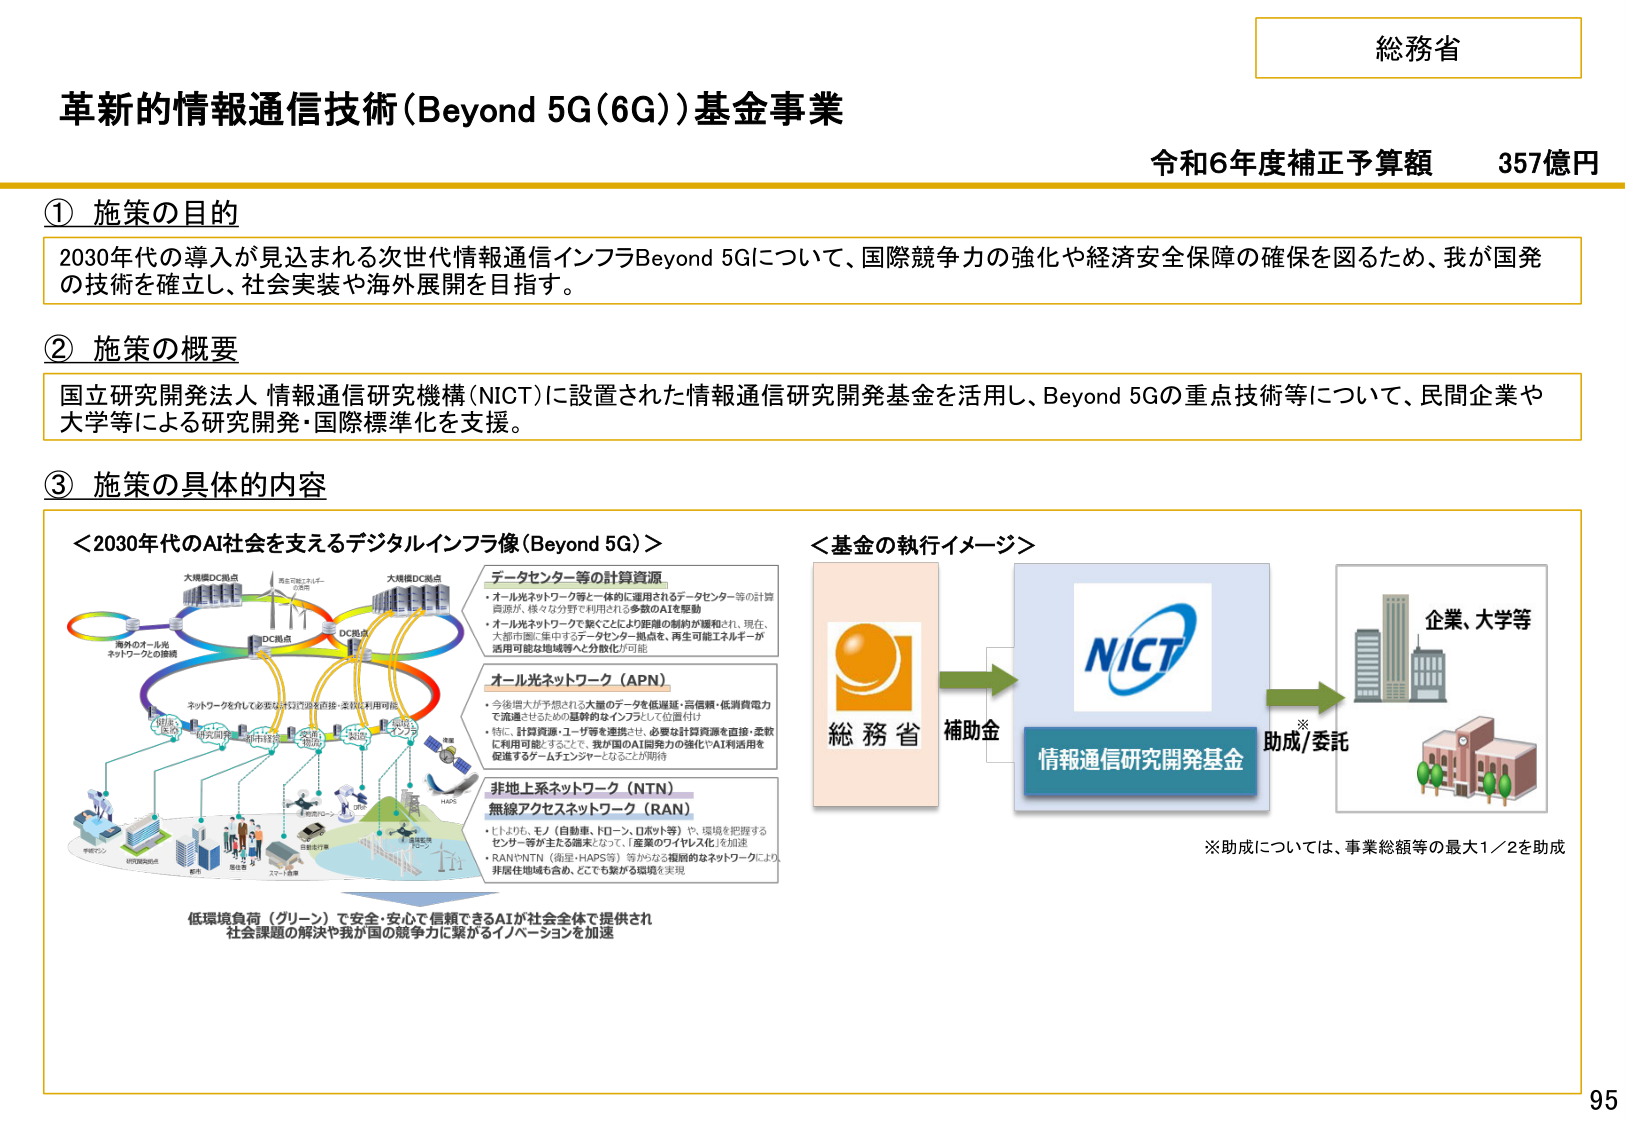
総務省
革新的情報通信技術（Beyond 5G（6G））基金事業
令和6年度補正予算額 357億円

① 施策の目的
2030年代の導入が見込まれる次世代情報通信インフラBeyond 5Gについて、国際競争力の強化や経済安全保障の確保を図るため、我が国発の技術を確立し、社会実装や海外展開を目指す。

② 施策の概要
国立研究開発法人 情報通信研究機構（NICT）に設置された情報通信研究開発基金を活用し、Beyond 5Gの重点技術等について、民間企業や大学等による研究開発・国際標準化を支援。

③ 施策の具体的内容

＜2030年代のAI社会を支えるデジタルインフラ像（Beyond 5G）＞
大規模DC拠点
海外のオール光ネットワークとの接続
DC拠点
ネットワークを介して必要なAI計算資源を直接・柔軟に利用可能
データセンター等の計算資源
・オール光ネットワーク等を一体的に運用されるデータセンター等の計算資源が、様々な分野で利用される多数のAIを駆動
・オール光ネットワークで繋ぐことでより距離的制約が緩和され、現在、大都市圏に集中するデータセンター拠点を、再生可能エネルギーが活用可能な地域等へと分散化が可能
オール光ネットワーク（APN）
・今後増大が予想される大量のデータを低遅延・高信頼・低消費電力で流通させるための基幹的なインフラとして位置付け
・特に、計算資源・ユーザー等を連携させ、必要な計算資源を直接・柔軟に利用可能とすることで、我が国のAI開発力の強化やAI利活用を促進するゲームチェンジャーとなることが期待
非地上系ネットワーク（NTN）
無線アクセスネットワーク（RAN）
・「トヨタ、モリ（自動車、ドローン、ロボット等）」や、環境を把握するセンサー等が主たる端末となって、「産業のダイヤルズ化」を加速
・RANやNTN（衛星・HAPS等）等からなる複雑的なネットワークにより、非居住地域も含め、どこでも繋がる環境を実現
低環境負荷（グリーン）で安全・安心で信頼できるAIが社会全体で提供され
社会課題の解決や我が国の競争力に繋がるイノベーションを加速

＜基金の執行イメージ＞
総務省 → 補助金 → NICT
情報通信研究開発基金 → 助成/委託 → 企業、大学等
※助成については、事業総額等の最大1／2を助成

95